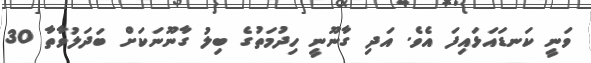
ވަނީ ކަނޑައަޅައިފަ އެވެ. އަދި ގާނޫނީ ހިދުމަތުގެ ބިލު ގާނޫނަކަށް ބަދަލުވާތާ 30